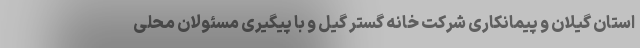
استان گیلان و پیمانکاری شرکت خانه گستر گیل و با پیگیری مسئولان محلی